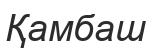
Қамбаш